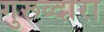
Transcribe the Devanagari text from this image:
गुरूव्‍दारा